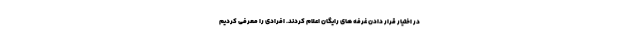
در اختیار قرار دادن غرفه های رایگان اعلام کردند. افرادی را معرفی کردیم